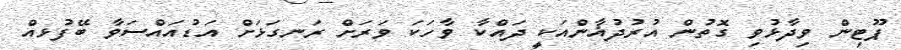
ޕޫޓިން ވިދާޅުވި ގޮތުން އުރުދުޣާންއަކީ ދައްކާ ވާހަކަ ވަރަށް ރަނގަޅަށް އަޑުއައްސަަވާ ބޭފުޅއް